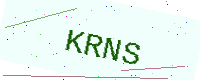
Text: KRNS